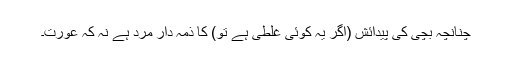
چنانچہ بچی کی پیدائش (اگر یہ کوئی غلطی ہے تو) کا ذمہ دار مرد ہے نہ کہ عورت۔